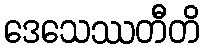
ဒေသေဿတီတိ